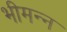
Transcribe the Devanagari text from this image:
भीमन्‍न